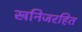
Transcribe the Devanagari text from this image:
खनिजरहित